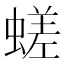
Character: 𧏞